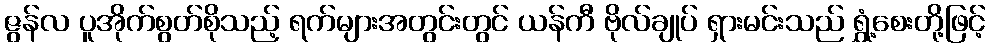
ဇွန်လ ပူအိုက်စွတ်စိုသည့် ရက်များအတွင်းတွင် ယန်ကီ ဗိုလ်ချုပ် ရှားမင်းသည် ရွှံ့စေးတို့ဖြင့်